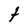
Character: t